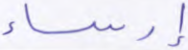
إرساء